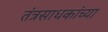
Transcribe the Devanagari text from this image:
तंत्रसाधकांच्या